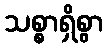
သစ္စာရှိစွာ